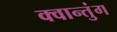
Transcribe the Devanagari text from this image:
क्वान्तुंग